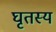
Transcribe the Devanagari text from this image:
घृतस्य